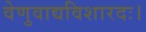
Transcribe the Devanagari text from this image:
वेणुवाद्यविशारदः।